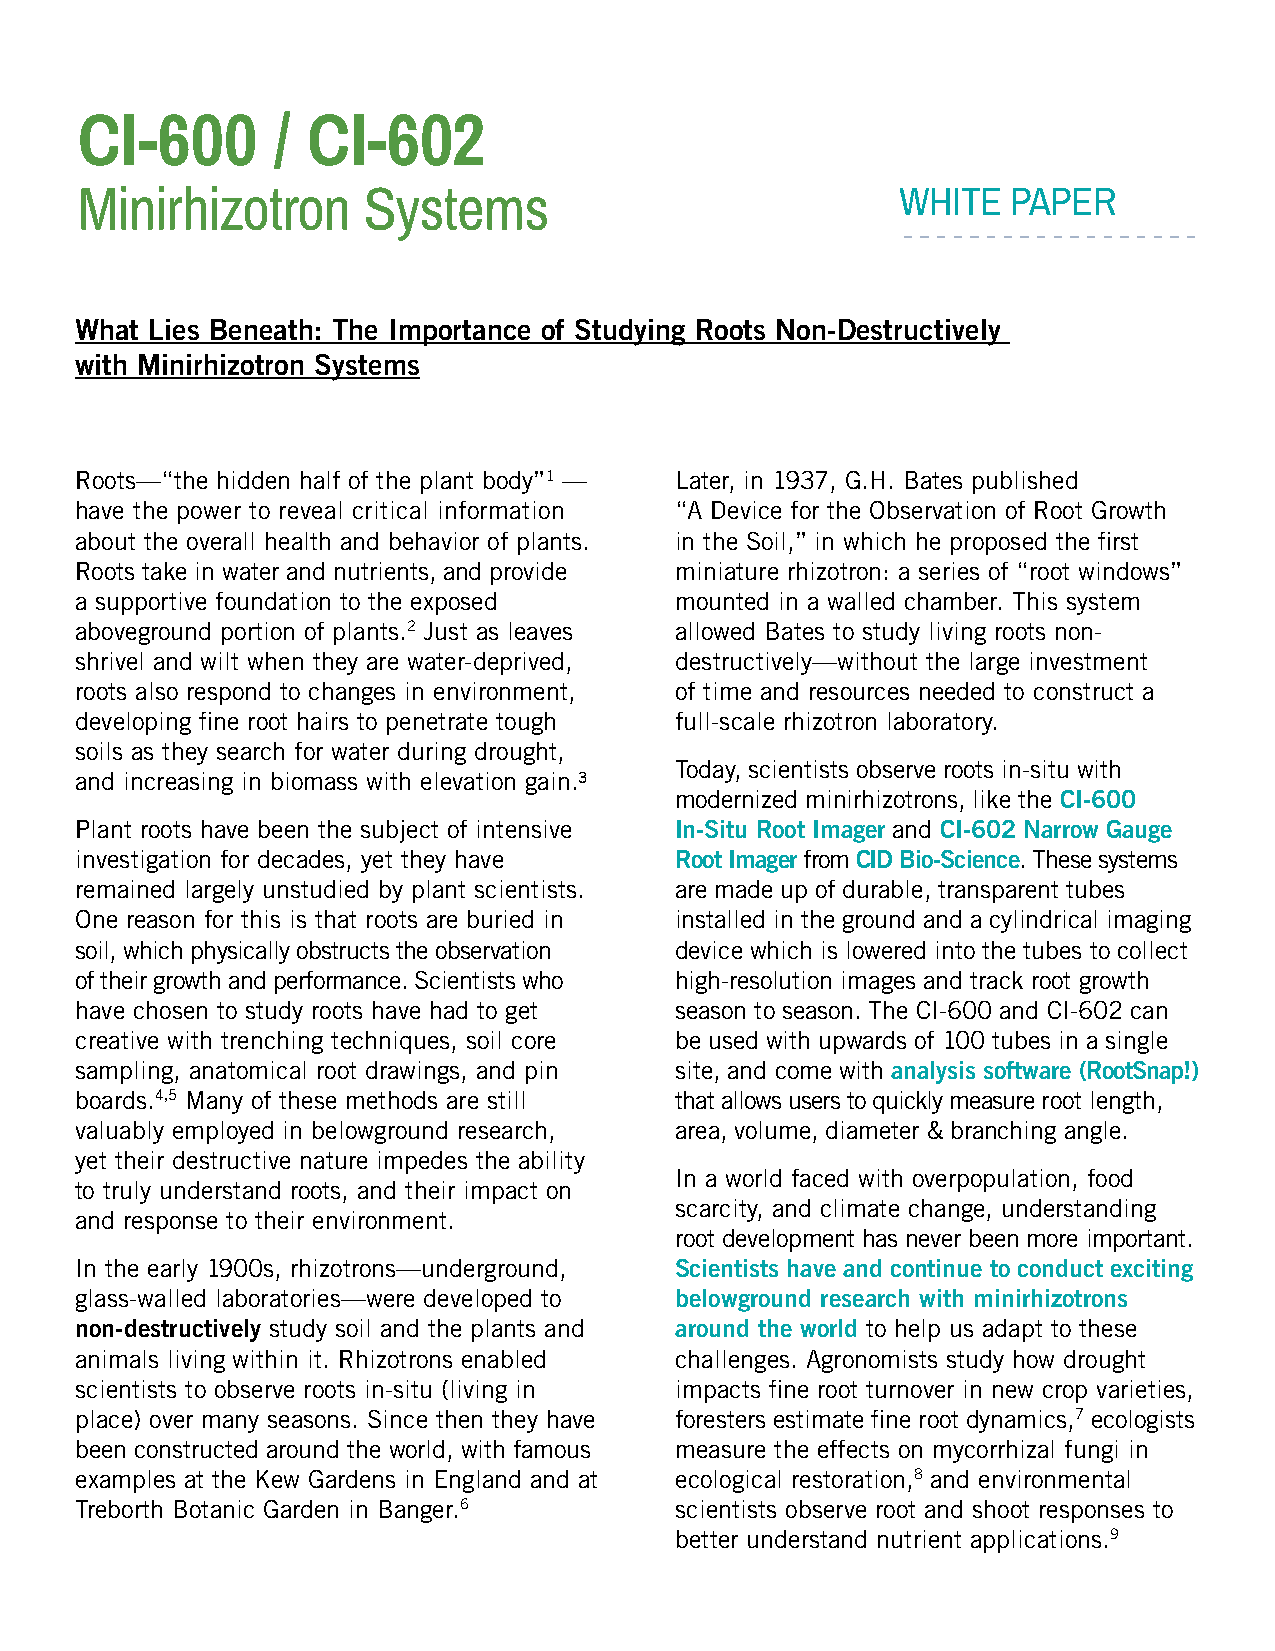
CI-600       / CI-602
 Minirhizotron      Systems                            WHITE   PAPER
 What Lies Beneath: The Importance of Studying Roots Non-Destructively
 with Minirhizotron Systems
 Roots—“the hidden half of the plant body”1 — Later, in 1937, G.H. Bates published
 have the power to reveal critical information “A Device for the Observation of Root Growth
 about the overall health and behavior of plants. in the Soil,” in which he proposed the first
 Roots take in water and nutrients, and provide miniature rhizotron: a series of “root windows”
 a supportive foundation to the exposed  mounted in a walled chamber. This system
 aboveground portion of plants.2 Just as leaves allowed Bates to study living roots non-
 shrivel and wilt when they are water-deprived, destructively—without the large investment
 roots also respond to changes in environment, of time and resources needed to construct a
 developing fine root hairs to penetrate tough full-scale rhizotron laboratory.
 soils as they search for water during drought,
 Today, scientists observe roots in-situ with
 and increasing in biomass with elevation gain.3
 modernized minirhizotrons, like the CI-600
 Plant roots have been the subject of intensive In-Situ Root Imager and CI-602 Narrow Gauge
 investigation for decades, yet they have Root Imager from CID Bio-Science. These systems
 remained largely unstudied by plant scientists. are made up of durable, transparent tubes
 One reason for this is that roots are buried in installed in the ground and a cylindrical imaging
 soil, which physically obstructs the observation device which is lowered into the tubes to collect
 of their growth and performance. Scientists who high-resolution images and track root growth
 have chosen to study roots have had to get season to season. The CI-600 and CI-602 can
 creative with trenching techniques, soil core be used with upwards of 100 tubes in a single
 sampling, anatomical root drawings, and pin site, and come with analysis software (RootSnap!)
 boards.4,5 Many of these methods are still that allows users to quickly measure root length,
 valuably employed in belowground research, area, volume, diameter & branching angle.
 yet their destructive nature impedes the ability
 In a world faced with overpopulation, food
 to truly understand roots, and their impact on
 scarcity, and climate change, understanding
 and response to their environment.
 root development has never been more important.
 In the early 1900s, rhizotrons—underground, Scientists have and continue to conduct exciting
 glass-walled laboratories—were developed to belowground research with minirhizotrons
 non-destructively study soil and the plants and around the world to help us adapt to these
 animals living within it. Rhizotrons enabled challenges. Agronomists study how drought
 scientists to observe roots in-situ (living in impacts fine root turnover in new crop varieties,
 place) over many seasons. Since then they have foresters estimate fine root dynamics,7 ecologists
 been constructed around the world, with famous measure the effects on mycorrhizal fungi in
 examples at the Kew Gardens in England and at ecological restoration,8 and environmental
 Treborth Botanic Garden in Banger.6     scientists observe root and shoot responses to
 better understand nutrient applications.9